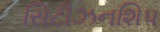
સિટીઝનશિપ